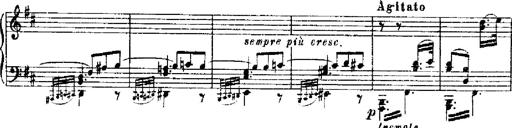
Title: RÃ©miniscences de Robert le diable
Composer: Franz Liszt